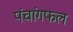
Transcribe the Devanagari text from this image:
पंचांगफल